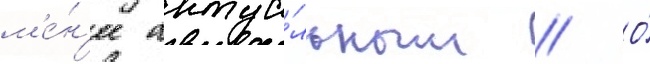
м'е́н'ее актуа́льным // О́